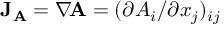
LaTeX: \mathbf { J } _ { \mathbf { A } } = \nabla \! \mathbf { A } = ( \partial A _ { i } / \partial x _ { j } ) _ { i j }